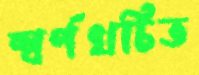
স্বর্ণখচিত